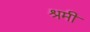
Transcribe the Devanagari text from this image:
श्रमी